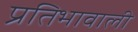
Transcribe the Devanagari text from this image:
प्रतिभावाली